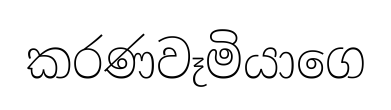
කරණවෑමියාගෙ